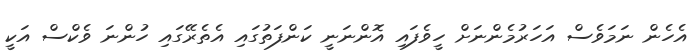
އެހެން ނަމަވެސް އަހަރުމެންނަށް ހީވެފައި އޮންނަނީ ކަންފަތުގައި އެތެރޭގައި ހުންނަ ވެކްސް އަކީ